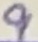
Text: 9